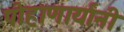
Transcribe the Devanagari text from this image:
पोहाणार्यांनी